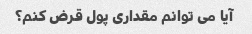
آیا می توانم مقداری پول قرض کنم؟